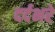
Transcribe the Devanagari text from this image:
दर्दभरे